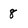
Character: 8